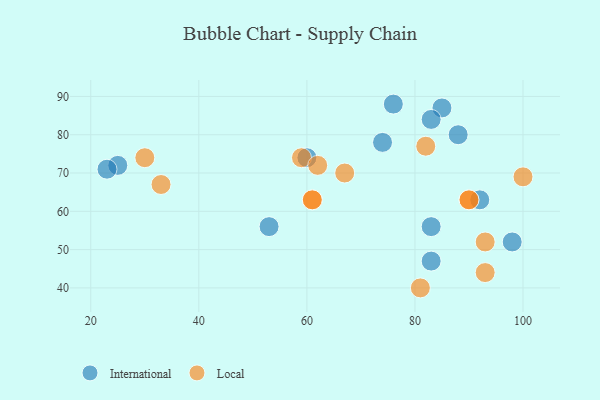
{"axis": {"x": "GDP", "y": "Life Expectancy"}, "legend": ["International", "Local"], "data": [{"x": "53", "y": 56, "type": "International"}, {"x": "83", "y": 47, "type": "International"}, {"x": "88", "y": 80, "type": "International"}, {"x": "85", "y": 87, "type": "International"}, {"x": "76", "y": 88, "type": "International"}, {"x": "92", "y": 63, "type": "International"}, {"x": "83", "y": 56, "type": "International"}, {"x": "74", "y": 78, "type": "International"}, {"x": "60", "y": 74, "type": "International"}, {"x": "25", "y": 72, "type": "International"}, {"x": "98", "y": 52, "type": "International"}, {"x": "83", "y": 84, "type": "International"}, {"x": "23", "y": 71, "type": "International"}, {"x": "93", "y": 44, "type": "Local"}, {"x": "81", "y": 40, "type": "Local"}, {"x": "93", "y": 52, "type": "Local"}, {"x": "61", "y": 63, "type": "Local"}, {"x": "82", "y": 77, "type": "Local"}, {"x": "90", "y": 63, "type": "Local"}, {"x": "100", "y": 69, "type": "Local"}, {"x": "59", "y": 74, "type": "Local"}, {"x": "67", "y": 70, "type": "Local"}, {"x": "90", "y": 63, "type": "Local"}, {"x": "62", "y": 72, "type": "Local"}, {"x": "30", "y": 74, "type": "Local"}, {"x": "33", "y": 67, "type": "Local"}, {"x": "61", "y": 63, "type": "Local"}]}